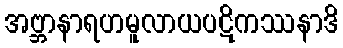
အဗ္ဘာနာရဟမူလာယပဋိကဿနာဒိ